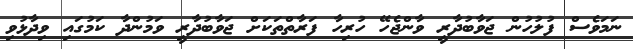
ނަމަވެސް ފުލުހުން ޖަވާބުދާރީ ވާންޖެހޭ ހުރިހާ ފަރާތްތަކަށް ޖަވާބުދާރީ ވަމުންދާ ކަމުގައި ވިދާޅުވި